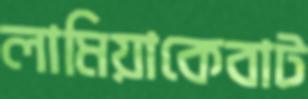
লামিয়াকেবাট